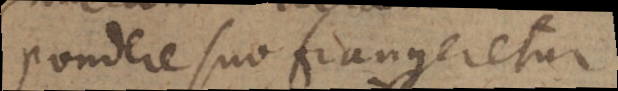
pondere suo frangeretur